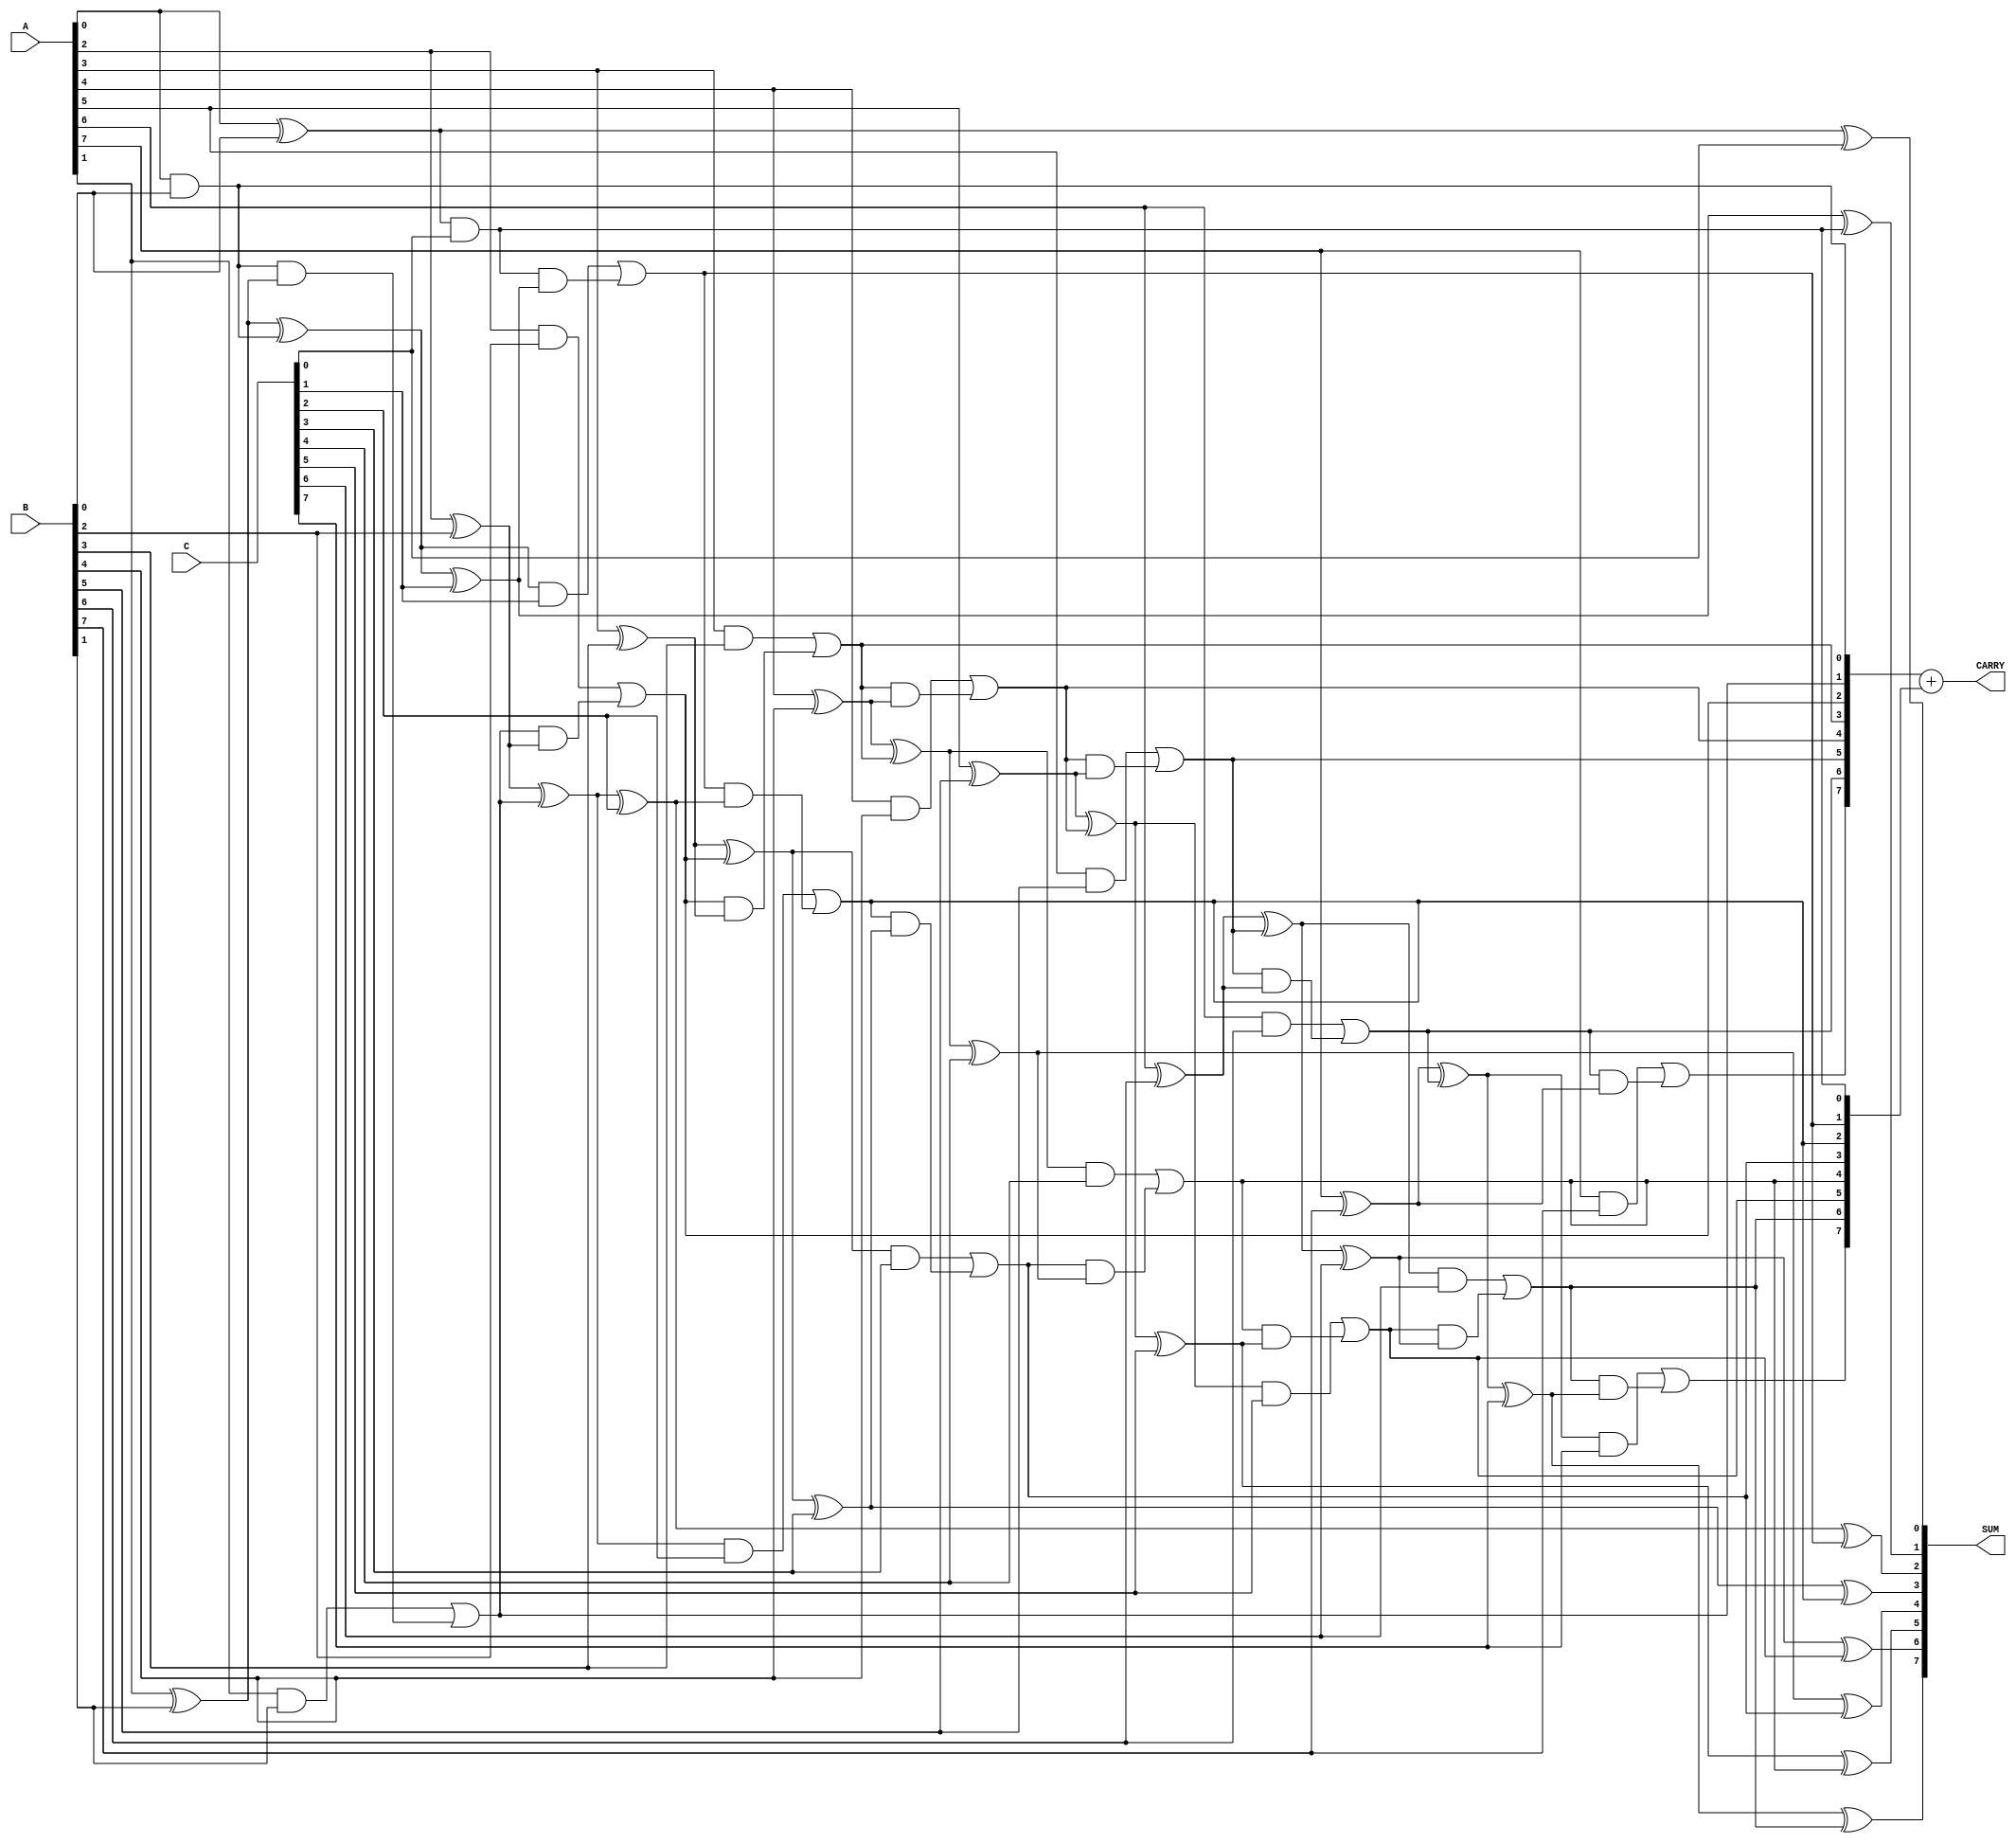
module modified_carry_save_adder #(
    parameter WIDTH = 8 // Bit-width of the operands
)(
    input  wire [WIDTH-1:0] A,  // First operand
    input  wire [WIDTH-1:0] B,  // Second operand
    input  wire [WIDTH-1:0] C,  // Third operand
    output wire [WIDTH-1:0] SUM, // Sum output
    output wire [WIDTH-1:0] CARRY // Carry output
);

// Intermediate wires for the full adder outputs
wire [WIDTH-1:0] SUM1, CARRY1;
wire [WIDTH-1:0] SUM2, CARRY2;

// Full Adder for A and B
genvar i;
generate
    for (i = 0; i < WIDTH; i = i + 1) begin : full_adder_ab
        if (i == 0) begin
            // First bit, no carry in
            assign SUM1[i] = A[i] ^ B[i];
            assign CARRY1[i] = A[i] & B[i];
        end else begin
            // Subsequent bits with carry in (previous carry)
            assign SUM1[i] = A[i] ^ B[i] ^ CARRY1[i-1];
            assign CARRY1[i] = (A[i] & B[i]) | (CARRY1[i-1] & (A[i] ^ B[i]));
        end
    end
endgenerate

// Full Adder for SUM1 and C
generate
    for (i = 0; i < WIDTH; i = i + 1) begin : full_adder_sum1_c
        if (i == 0) begin
            // First bit, no carry in
            assign SUM2[i] = SUM1[i] ^ C[i];
            assign CARRY2[i] = SUM1[i] & C[i];
        end else begin
            // Subsequent bits with carry in (previous carry)
            assign SUM2[i] = SUM1[i] ^ C[i] ^ CARRY2[i-1];
            assign CARRY2[i] = (SUM1[i] & C[i]) | (CARRY2[i-1] & (SUM1[i] ^ C[i]));
        end
    end
endgenerate

// Final outputs
assign SUM = SUM2;
assign CARRY = CARRY1 + CARRY2; // Combine carries from both stages

endmodule